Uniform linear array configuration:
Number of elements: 32
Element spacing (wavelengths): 1
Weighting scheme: cosine
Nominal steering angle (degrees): -15
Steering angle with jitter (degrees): -14.576
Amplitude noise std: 0.05
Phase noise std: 0.05

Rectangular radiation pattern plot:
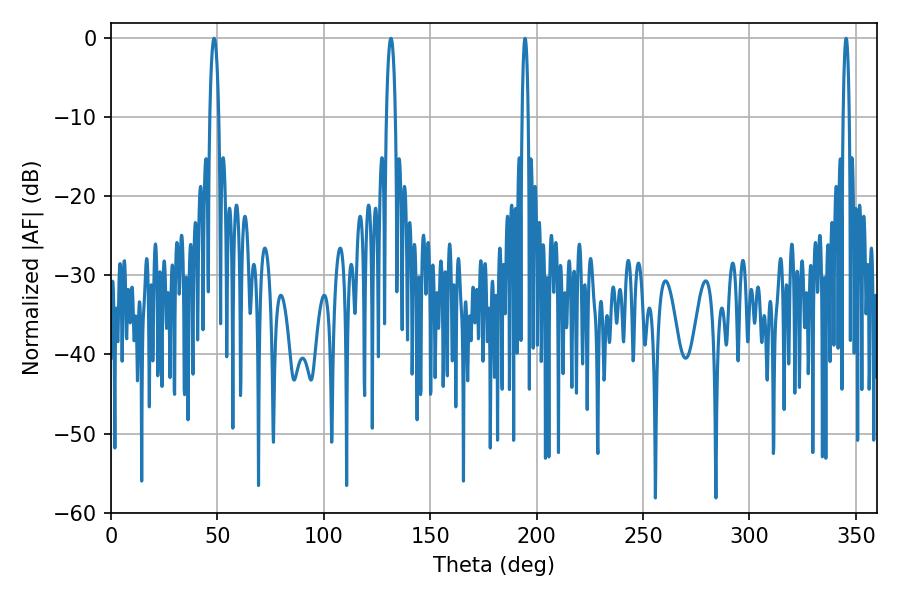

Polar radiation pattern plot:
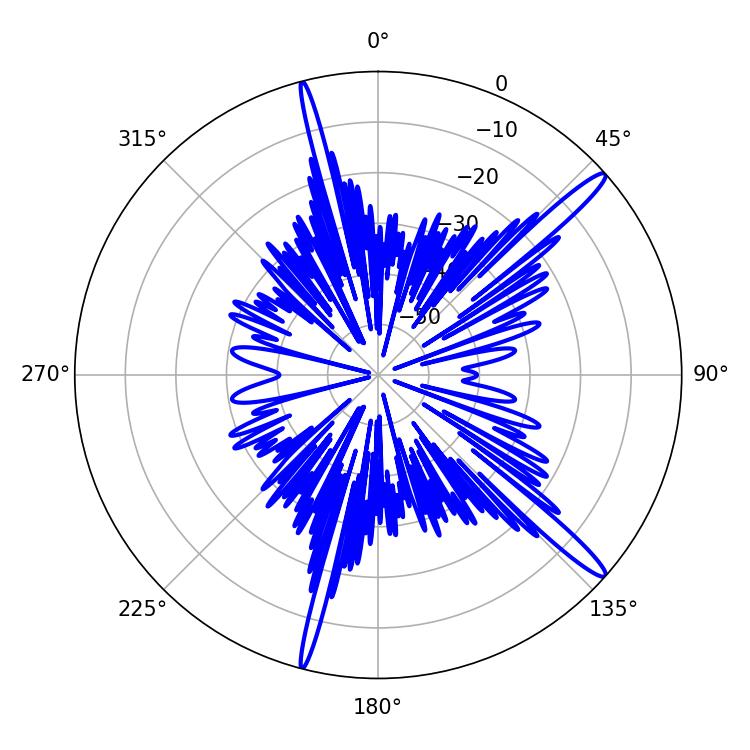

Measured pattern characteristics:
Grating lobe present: TRUE
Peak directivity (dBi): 15.652
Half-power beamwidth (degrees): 1.44
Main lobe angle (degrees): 345.42